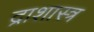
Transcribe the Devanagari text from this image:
द्राशास्त्र